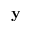
\mathbf { y }